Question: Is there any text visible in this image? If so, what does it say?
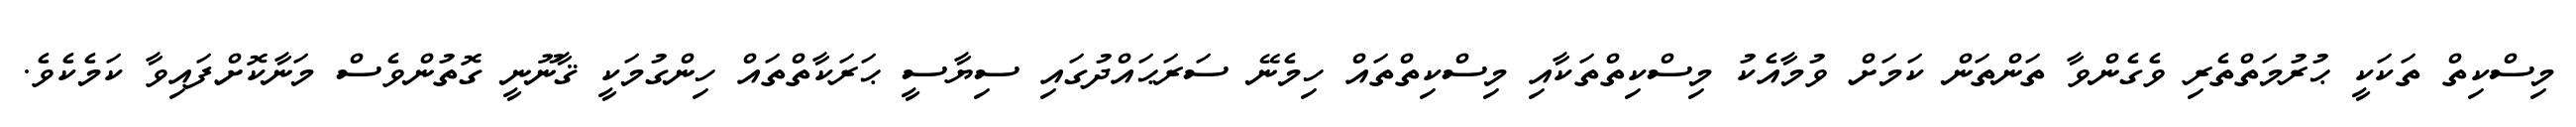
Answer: މިސްކިތް ތަކަކީ ޙުރުމަތްތެރި ވެގެންވާ ތަންތަން ކަމަށް ވުމާއެކު މިސްކިތްތަކާއި މިސްކިތްތައް ހިމެނޭ ސަރަޙައްދުގައި ސިޔާސީ ޙަރަކާތްތައް ހިންގުމަކީ ޤާނޫނީ ގޮތުންވެސް މަނާކޮށްފައިވާ ކަމެކެވެ.